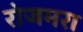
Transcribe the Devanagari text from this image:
रोजमरा